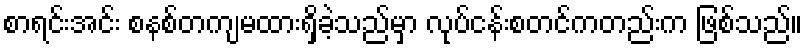
စာရင်းအင်း စနစ်တကျမထားရှိခဲ့သည်မှာ လုပ်ငန်းစတင်ကတည်းက ဖြစ်သည်။